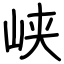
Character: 峡